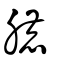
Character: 膔